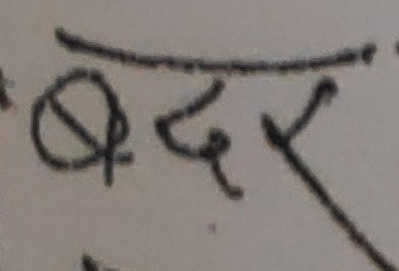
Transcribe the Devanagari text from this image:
बदर